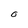
Character: 0